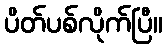
ပိတ်ပစ်လိုက်ပြီ။